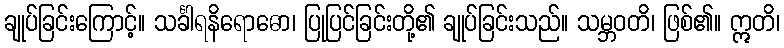
ချုပ်ခြင်းကြောင့်။ သင်္ခါရနိရောဓော၊ ပြုပြင်ခြင်းတို့၏ ချုပ်ခြင်းသည်။ သမ္ဘဝတိ၊ ဖြစ်၏။ ဣတိ၊